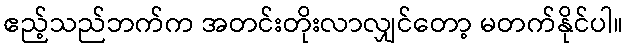
ဧည့်သည်ဘက်က အတင်းတိုးလာလျှင်တော့ မတက်နိုင်ပါ။